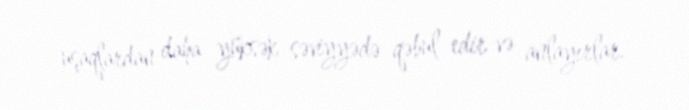
uşaqlardan daha yüksək səviyyədə qəbul edir və anlayırlar.